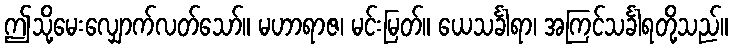
ဤသို့မေးလျှောက်လတ်သော်။ မဟာရာဇ၊ မင်းမြတ်။ ယေသင်္ခါရာ၊ အကြင်သင်္ခါရတို့သည်။